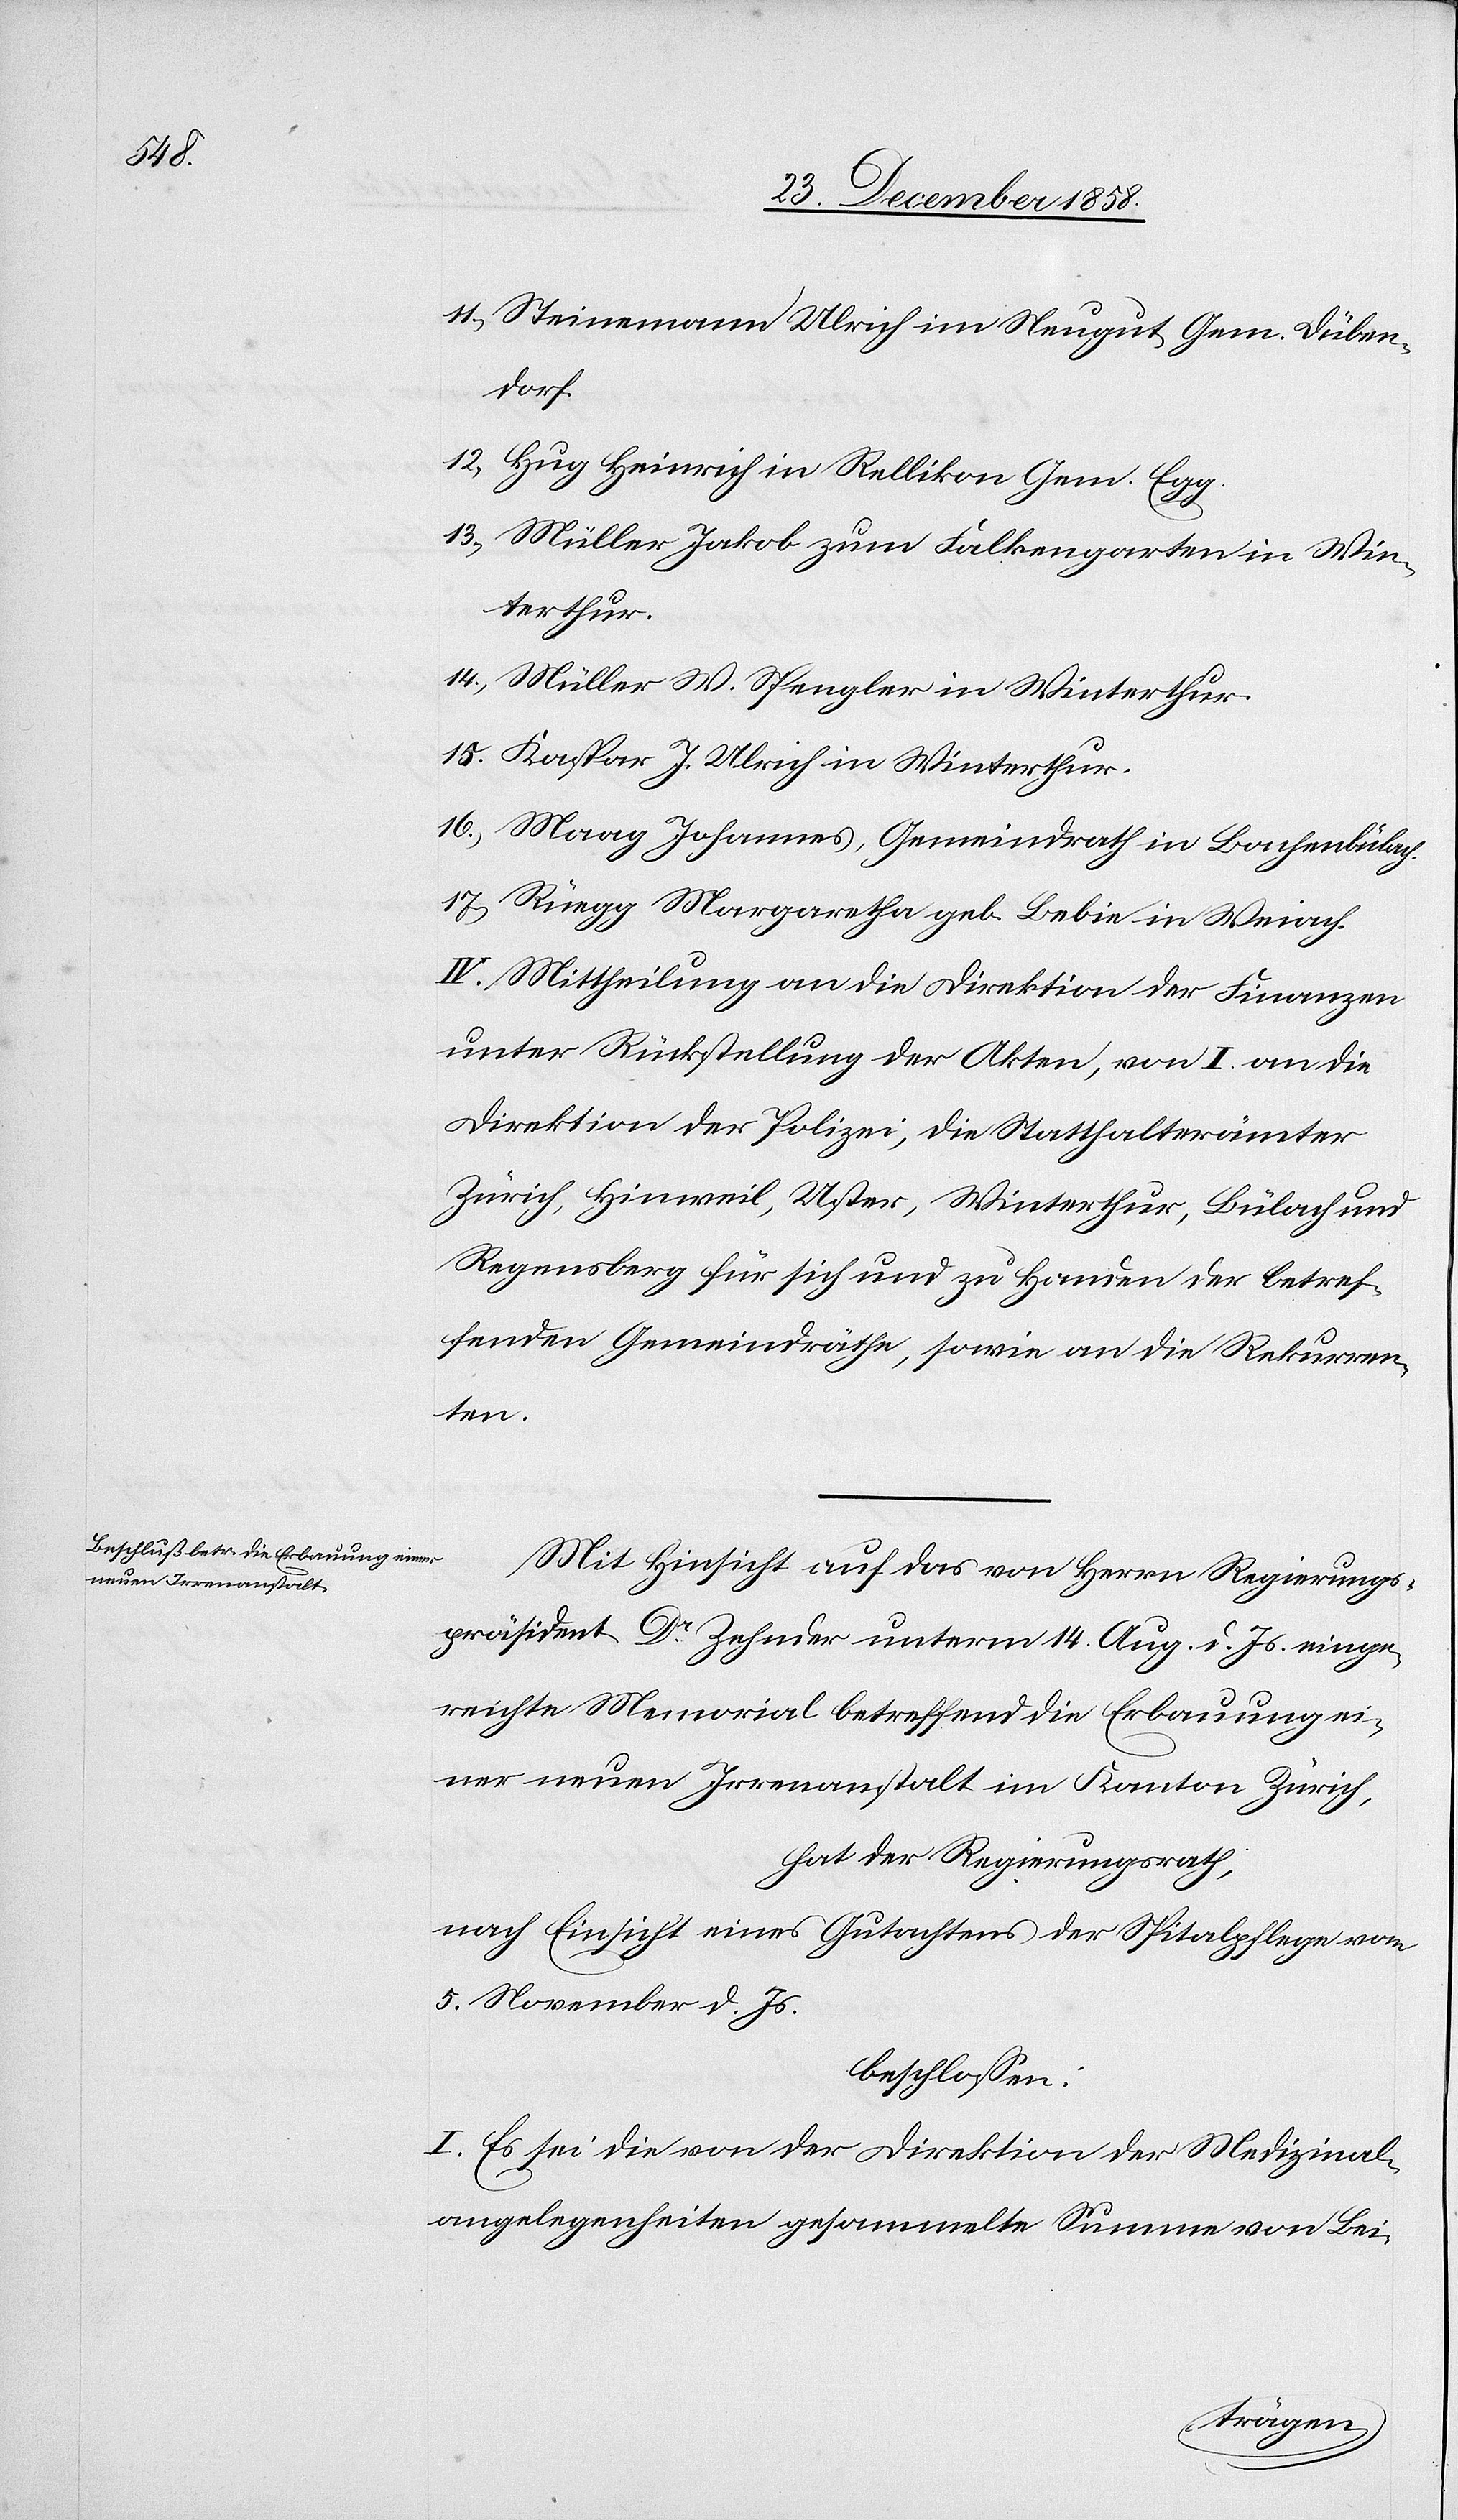
15.)

Steinemann Ulrich im Neugut, Gem. Düben¬
dorf.
Hug Heinrich in Rellikon Gem. Egg.
Müller Jakob zum Falkengarten in Win¬
terthur.
Müller W. Spengler in Winterthur.
Kaspar J. Ulrich in Winterthur.
Maag Johannes, Gemeindrath in Bachenbülach.
Rüegg Margaretha geb. Bebie in Weiach.
IV. Mittheilung an die Direktion der Finanzen
unter Rückstellung der Akten, von I. an die
Direktion der Polizei, die Statthalterämter
Zürich, Hinweil, Uster, Winterthur, Bülach und
Regensberg für sich und zu Handen der betref¬
fenden Gemeindräthe, sowie an die Rekurren¬
ten.
Mit Hinsicht auf das von Herrn Regierungs¬
präsident Dr Zehnder unterm 14. Aug. d. Js. einge¬
reichte Memorial betreffend die Erbauung ei¬
ner neuen Irrenanstalt im Kanton Zürich,
hat der Regierungrath,
nach Einsicht eines Gutachtens der Spitalpflege vom
5. November d. Js.
beschlossen:
I. Es sei die von der Direktion der Medizinal¬
angelegenheiten gesammelte Summe von Bei-